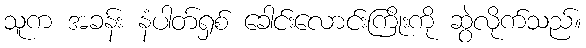
သူက အခန်း နံပါတ်ရှစ် ခေါင်းလောင်းကြိုးကို ဆွဲလိုက်သည်။